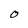
Character: O